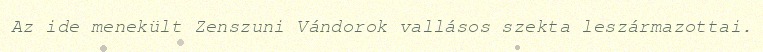
Az ide menekült Zenszuni Vándorok vallásos szekta leszármazottai.